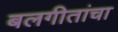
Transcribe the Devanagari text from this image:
बलगीतांचा